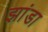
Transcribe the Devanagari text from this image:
झांडा